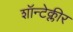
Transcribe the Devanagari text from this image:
शॉन्टेक्लीर